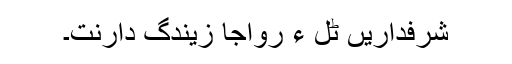
شرفداریں ٹُل ءِ رواجا زیندگ دارنت۔